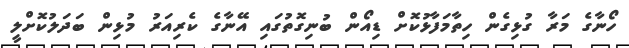
ހޯނާގެ މަރާ ގުޅިގެން ހިތާމަފާޅުކޮށް ޑިއޯން ބުނިގޮތުގައި އޭނާގެ ކެރިއަރު މުޅިން ބަދަލުކޮށްލީ